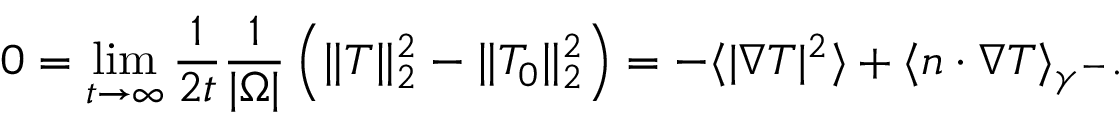
0 = \operatorname* { l i m } _ { t \to \infty } \frac { 1 } { 2 t } \frac { 1 } { | \Omega | } \left( \| T \| _ { 2 } ^ { 2 } - \| T _ { 0 } \| _ { 2 } ^ { 2 } \right) = - \langle | \nabla T | ^ { 2 } \rangle + \langle n \cdot \nabla T \rangle _ { \gamma ^ { - } } .